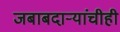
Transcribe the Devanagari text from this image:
जबाबदाऱ्यांचीही